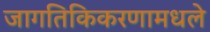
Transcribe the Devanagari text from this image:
जागतिकिकरणामधले